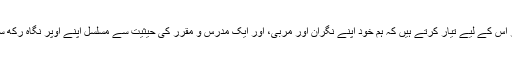
دعوت و تربیت کے مختلف مراحل فی نفسہٖ ہمیں پوری زندگی کے لیے رہنمائی فراہم کرتے اور اس کے لیے تیار کرتے ہیں کہ ہم خود اپنے نگران اور مربی، اور ایک مدرس و مقرر کی حیثیت سے مسلسل اپنے اُوپر نگاہ رکھ سکیں، اور اس آیت کا مصداق بننے اور اس کے مطابق اپنے آپ کو ڈھالنے کے لیے کوشاں ہوں۔